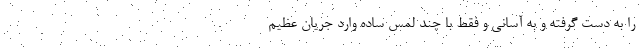
را به دست گرفته و به آسانی و فقط با چند لمس ساده وارد جریان عظیم